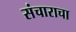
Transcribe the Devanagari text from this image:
संचाराचा